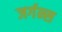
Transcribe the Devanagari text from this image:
जर्गन्स